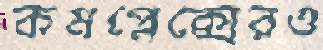
কমপ্লেক্সেরও